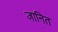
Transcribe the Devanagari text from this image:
जानित